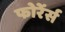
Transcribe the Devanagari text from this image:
फोरेंर्स